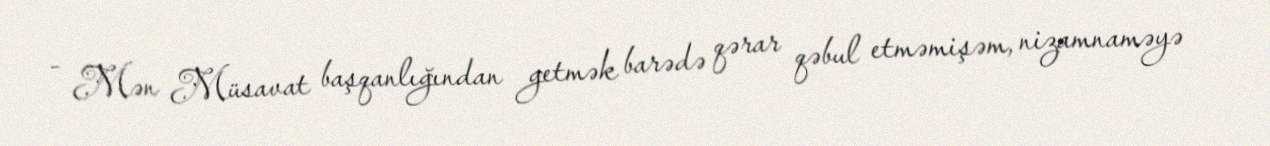
- Mən Müsavat başqanlığından getmək barədə qərar qəbul etməmişəm, nizamnaməyə